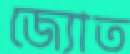
জ্যোত